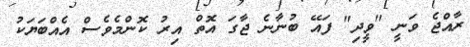
ރާއްޖެ ވަނީ "ވީދި" ފައޭ ބުނާނެ ޖާގަ އޮތް އިރު ކޮންމެވެސް އެއްބަޔަކު